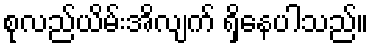
စုလည်ယိမ်းအိလျက် ရှိနေပါသည်။